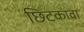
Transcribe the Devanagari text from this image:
छिटकावा